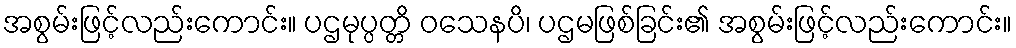
အစွမ်းဖြင့်လည်းကောင်း။ ပဌမုပ္ပတ္တိ ဝသေနပိ၊ ပဌမဖြစ်ခြင်း၏ အစွမ်းဖြင့်လည်းကောင်း။